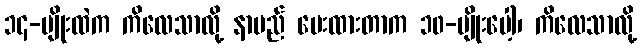
၁၄-မျိုးထဲက ကိလေသာလို့ နာမည် ပေးထားတာက ၁၀-မျိုးပေါ့၊ ကိလေသာလို့